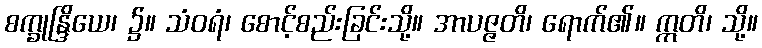
စက္ခုန္ဒြိယေ၊ ၌။ သံဝရံ၊ စောင့်စည်းခြင်းသို့။ အာပဇ္ဇတိ၊ ရောက်၏။ ဣတိ၊ သို့။